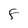
Character: F